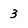
Character: 3